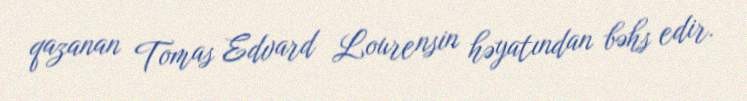
qazanan Tomas Edvard Lourensin həyatından bəhs edir.